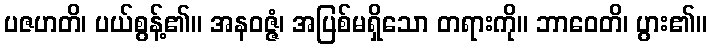
ပဇဟတိ၊ ပယ်စွန့်၏။ အနဝဇ္ဇံ၊ အပြစ်မရှိသော တရားကို။ ဘာဝေတိ၊ ပွား၏။